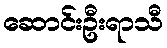
ဆောင်းဦးရာသီ